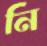
নি